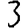
Digit: 3